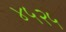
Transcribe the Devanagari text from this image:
४५२५